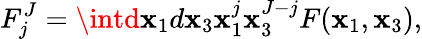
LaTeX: F_{j}^{J}=\intd\mathbf{x}_{1}d\mathbf{x}_{3}\mathbf{x}_{1}^{j}\mathbf{x}_{3}^{J-j}F(\mathbf{x}_{1},\mathbf{x}_{3}),